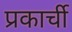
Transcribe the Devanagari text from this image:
प्रकार्ची